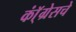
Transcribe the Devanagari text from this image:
कॉ्ंग्रेसचे